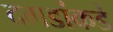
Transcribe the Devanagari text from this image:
दगडांकडे